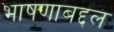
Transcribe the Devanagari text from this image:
भाषणाबद्दल